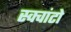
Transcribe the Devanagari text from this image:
स्क्वांटो